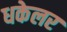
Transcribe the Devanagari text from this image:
धकेलर